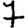
Digit: 7